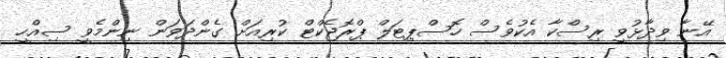
އޭނާ ވިދާޅުވީ ރިސްކާ އެކުވެސް ހޮސްޕިޓަލް ޕްރޮޖެކްޓް ކުރިއަށް ގެންދަވަން ނިންމެވީ ސިއްހީ